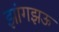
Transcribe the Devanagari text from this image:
झांगझऊ